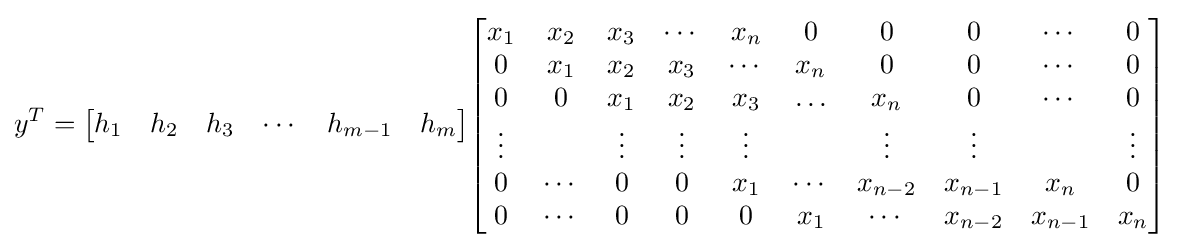
y^{T}={\begin{bmatrix}h_{1}&h_{2}&h_{3}&\cdots &h_{m-1}&h_{m}\end{bmatrix}}{\begin{bmatrix}x_{1}&x_{2}&x_{3}&\cdots &x_{n}&0&0&0&\cdots &0\\0&x_{1}&x_{2}&x_{3}&\cdots &x_{n}&0&0&\cdots &0\\0&0&x_{1}&x_{2}&x_{3}&\ldots &x_{n}&0&\cdots &0\\\vdots &&\vdots &\vdots &\vdots &&\vdots &\vdots &&\vdots \\0&\cdots &0&0&x_{1}&\cdots &x_{n-2}&x_{n-1}&x_{n}&0\\0&\cdots &0&0&0&x_{1}&\cdots &x_{n-2}&x_{n-1}&x_{n}\end{bmatrix}}